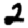
Digit: 2